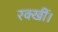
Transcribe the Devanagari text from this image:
रक्खीं।